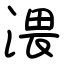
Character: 渨